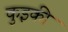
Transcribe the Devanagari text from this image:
कुइकी